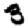
Digit: 3